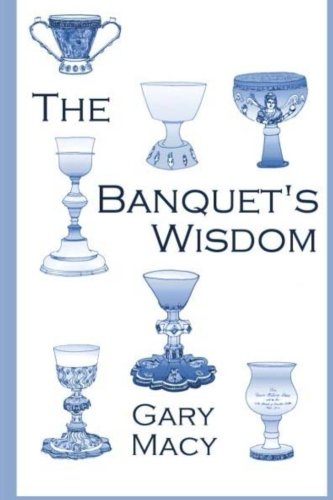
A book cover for The Banquet's Wisdom: A Short History of the Theologies of the Lord's Supper; Dr. Gary Macy; Christian Books & Bibles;